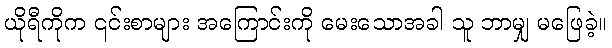
ယိုရီကိုက ၎င်းစာများ အကြောင်းကို မေးသောအခါ သူ ဘာမျှ မဖြေခဲ့။